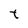
Character: t